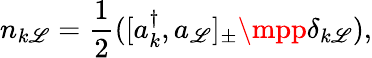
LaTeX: n_{k\mathscr{L}}=\frac{{1}}{{2}}([a_{k}^{\dagger},a_{\mathscr{L}}]_{\pm}\mpp\delta_{k\mathscr{L}}),